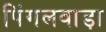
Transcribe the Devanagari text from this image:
पिंगलवाड़ा